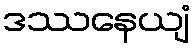
ဒဿနေယျံ